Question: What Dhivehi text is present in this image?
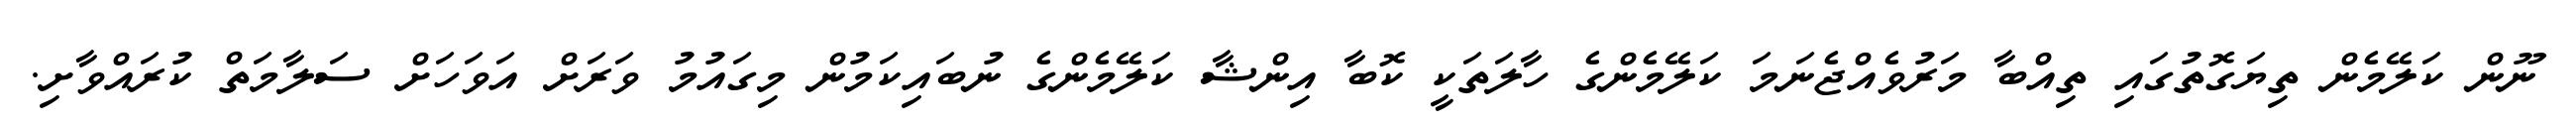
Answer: ނޫން ކަލޭމެން ތިޔަގޮތުގައި ތިއްބާ މަރުވެއްޖެނަމަ ކަލޭމެންގެ ހާލަތަކީ ކޮބާ އިންޝާ ކަލޭމެންގެ ނުބައިކަމުން މިގައުމު ވަރަށް އަވަހަށް ސަލާމަތް ކުރައްވާށި.